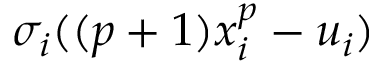
\sigma _ { i } ( ( p + 1 ) x _ { i } ^ { p } - u _ { i } )